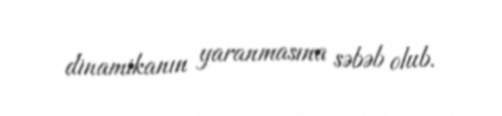
dinamikanın yaranmasına səbəb olub.